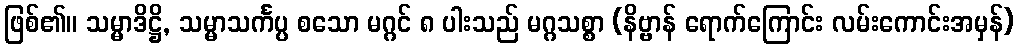
ဖြစ်၏။ သမ္မာဒိဋ္ဌိ, သမ္မာသင်္ကပ္ပ စသော မဂ္ဂင် ၈ ပါးသည် မဂ္ဂသစ္စာ (နိဗ္ဗာန် ရောက်ကြောင်း လမ်းကောင်းအမှန်)